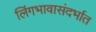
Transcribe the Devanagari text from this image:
लिंगभावासंदर्भात